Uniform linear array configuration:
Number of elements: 4
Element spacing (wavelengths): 0.5
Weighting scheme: hann
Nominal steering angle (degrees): -30
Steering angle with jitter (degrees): -28.089
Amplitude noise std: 0.05
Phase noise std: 0.05

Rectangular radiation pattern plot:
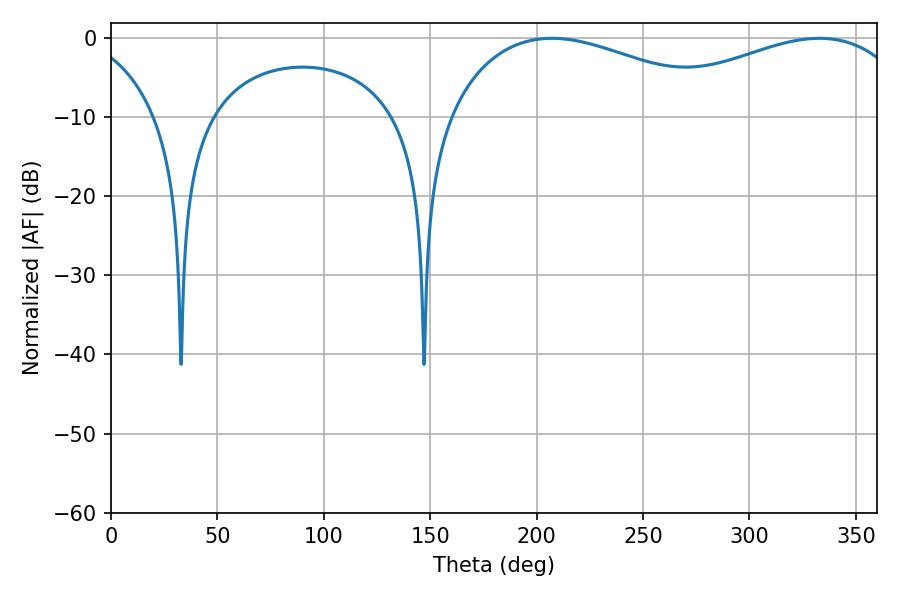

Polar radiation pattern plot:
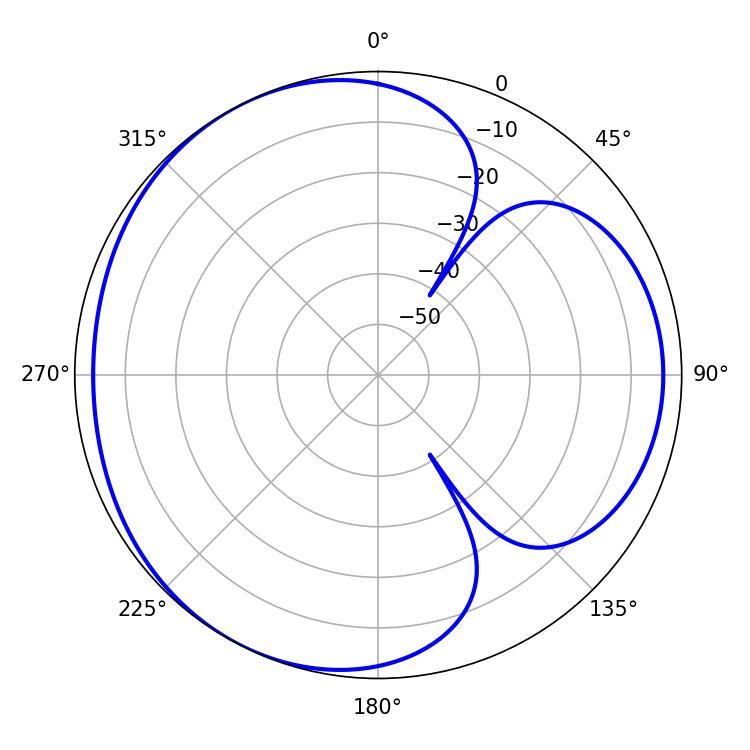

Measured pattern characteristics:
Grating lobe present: FALSE
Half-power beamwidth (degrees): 75.24
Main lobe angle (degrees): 207.18